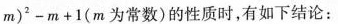
m ) ^ { 2 } - m + 1$$(m为常数)的性质时，有如下结论：